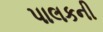
પાલકની